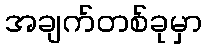
အချက်တစ်ခုမှာ